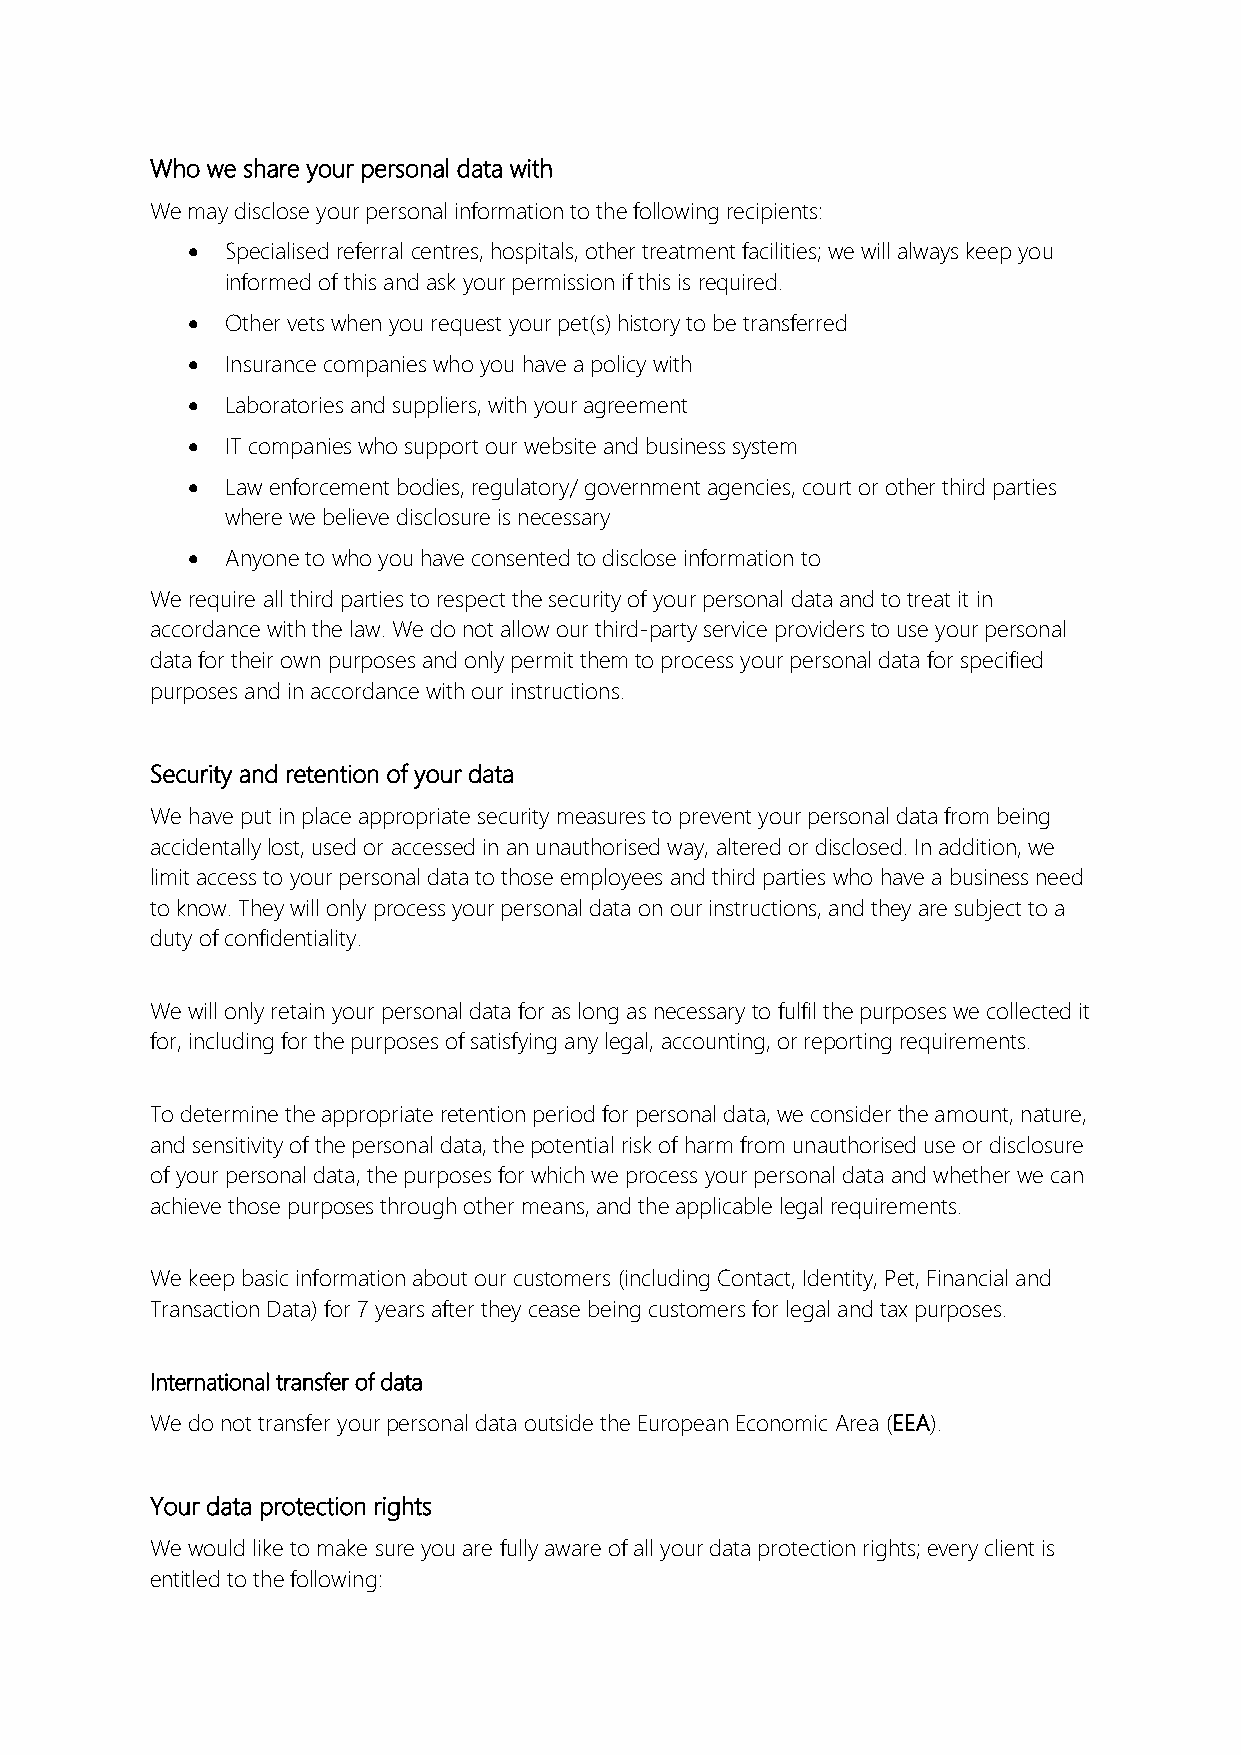
Who we share your personal data with
 We may disclose your personal information to the following recipients:
 •  Specialised referral centres, hospitals, other treatment facilities; we will always keep you
 informed of this and ask your permission if this is required.
 •  Other vets when you request your pet(s) history to be transferred
 •  Insurance companies who you have a policy with
 •  Laboratories and suppliers, with your agreement
 •  IT companies who support our website and business system
 •  Law enforcement bodies, regulatory/ government agencies, court or other third parties
 where we believe disclosure is necessary
 •  Anyone to who you have consented to disclose information to
 We require all third parties to respect the security of your personal data and to treat it in
 accordance with the law. We do not allow our third-party service providers to use your personal
 data for their own purposes and only permit them to process your personal data for specified
 purposes and in accordance with our instructions.
 Security and retention of your data
 We have put in place appropriate security measures to prevent your personal data from being
 accidentally lost, used or accessed in an unauthorised way, altered or disclosed. In addition, we
 limit access to your personal data to those employees and third parties who have a business need
 to know. They will only process your personal data on our instructions, and they are subject to a
 duty of confidentiality.
 We will only retain your personal data for as long as necessary to fulfil the purposes we collected it
 for, including for the purposes of satisfying any legal, accounting, or reporting requirements.
 To determine the appropriate retention period for personal data, we consider the amount, nature,
 and sensitivity of the personal data, the potential risk of harm from unauthorised use or disclosure
 of your personal data, the purposes for which we process your personal data and whether we can
 achieve those purposes through other means, and the applicable legal requirements.
 We keep basic information about our customers (including Contact, Identity, Pet, Financial and
 Transaction Data) for 7 years after they cease being customers for legal and tax purposes.
 International transfer of data
 We do not transfer your personal data outside the European Economic Area (EEA).
 Your data protection rights
 We would like to make sure you are fully aware of all your data protection rights; every client is
 entitled to the following: